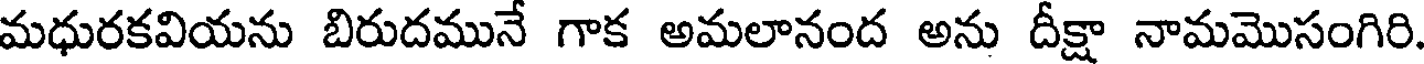
మధురకవియను బిరుదమునే గాక అమలానంద అను దీక్షా నామమొసంగిరి